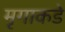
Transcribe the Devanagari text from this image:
मृगाकडे